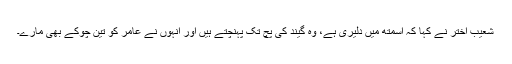
شعیب اختر نے کہا کہ اسمتھ میں دلیری ہے، وہ گیند کی پچ تک پہنچتے ہیں اور انہوں نے عامر کو تین چوکے بھی مارے۔